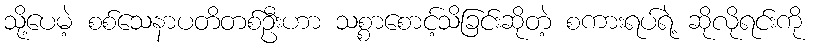
သို့ပေမဲ့ စစ်သေနာပတိတစ်ဦးဟာ သစ္စာစောင့်သိခြင်းဆိုတဲ့ စကားရပ်ရဲ့ ဆိုလိုရင်းကို